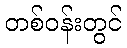
တစ်ဝန်းတွင်